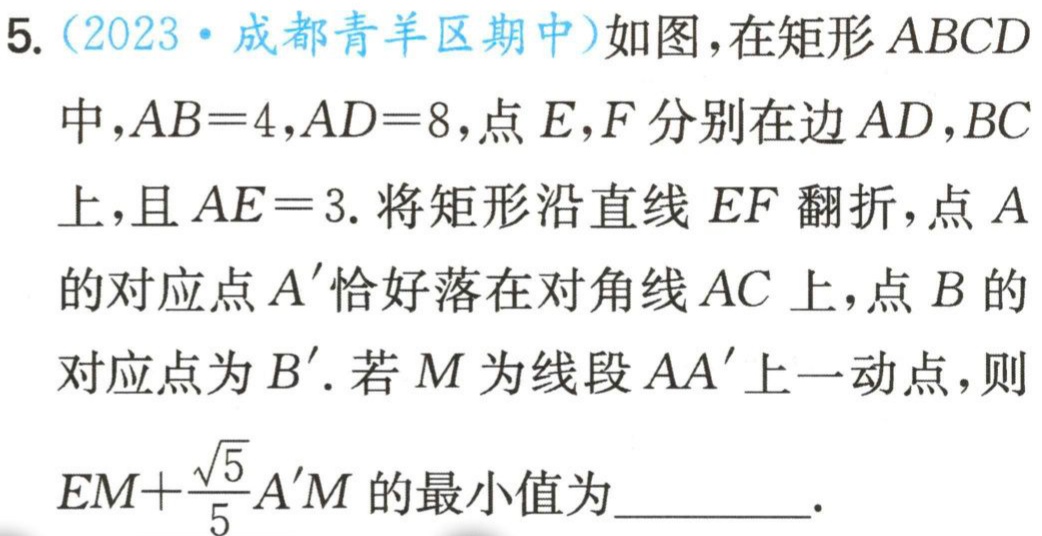
5.（2023·成都青羊区期中）如图，在矩形 \(ABCD\) 中，\(AB = 4\)，\(AD = 8\)，点 \(E,F\) 分别在边 \(AD,BC\) 上，且 \(AE = 3\). 将矩形沿直线 \(EF\) 翻折，点 \(A\) 的对应点 \(A'\) 恰好落在对角线 \(AC\) 上，点 \(B\) 的对应点为 \(B'\). 若 \(M\) 为线段 \(AA'\) 上一动点，则 \(EM+\frac{\sqrt{5}}{5}A'M\) 的最小值为  .